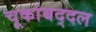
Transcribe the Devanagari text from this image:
चूकांबद्दल